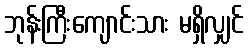
ဘုန်းကြီးကျောင်းသား မရှိလျှင်